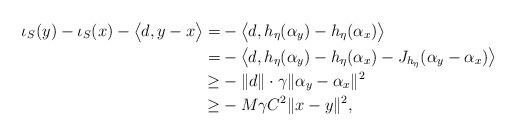
LaTeX: \begin{align*}\iota_S(y) - \iota_S(x) - \big<d,y - x\big> =& -\big<d,h_\eta(\alpha_y) - h_\eta(\alpha_x)\big> \\ =& -\big<d,h_\eta(\alpha_y) - h_\eta(\alpha_x) - J_{h_\eta}(\alpha_y - \alpha_x)\big> \\ \geq& -\|d\| \cdot \gamma\|\alpha_y - \alpha_x\|^2 \\\geq & -M \gamma C^2 \|x - y\|^2, \end{align*}